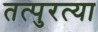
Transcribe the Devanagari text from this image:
तत्पुरत्या